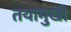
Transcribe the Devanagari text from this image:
तयामुखी